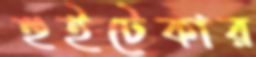
হুইটেকার